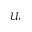
U _ { i }